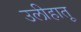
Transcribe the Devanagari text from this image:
उलीहातू